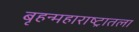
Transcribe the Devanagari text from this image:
बृहन्महाराष्ट्रातला